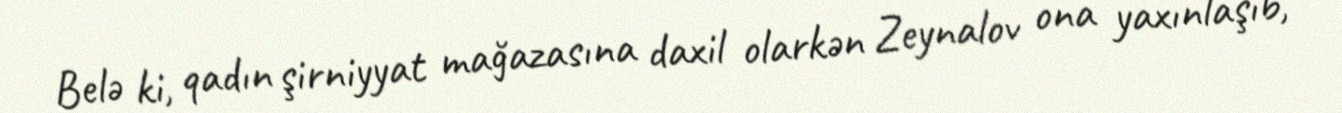
Belə ki, qadın şirniyyat mağazasına daxil olarkən Zeynalov ona yaxınlaşıb,